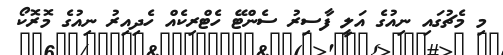
މި މެޗުގައި ނިއުގެ އަލީ ފާސިރު ސެންޓޭ ހެޓްރިކެއް ހެދިއިރު ނިއުގެ މޮރޮކޯ